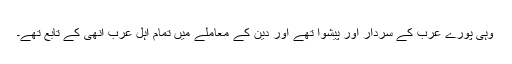
وہی پورے عرب کے سردار اور پیشوا تھے اور دین کے معاملے میں تمام اہل عرب اُنھی کے تابع تھے۔